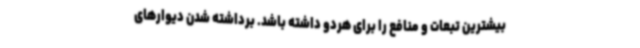
بیشترین تبعات و منافع را برای هردو داشته باشد. برداشته شدن دیوارهای